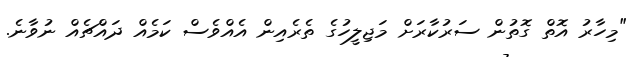
"މިހާރު އޮތް ގޮތުން ސަރުކާރަށް މަޖިލީހުގެ ތެރެއިން އެއްވެސް ކަމެއް ދައްޗެއް ނުވާނެ.